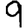
Digit: 9